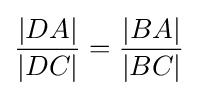
{\frac {|DA|}{|DC|}}={\frac {|BA|}{|BC|}}